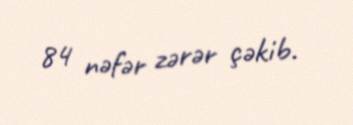
84 nəfər zərər çəkib.